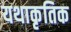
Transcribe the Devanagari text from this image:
यथाकृतिक